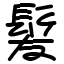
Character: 髪